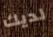
لديك